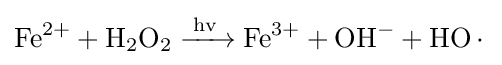
{\ce {Fe^2+ +H2O2 ->[{hv}] Fe^3+ +OH- + HO.}}